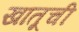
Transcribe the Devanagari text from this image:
खातूची